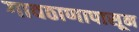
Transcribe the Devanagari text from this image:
गावठाणापासून